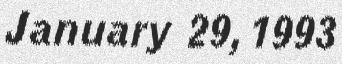
January 29, 1993